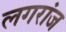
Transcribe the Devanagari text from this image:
लगरांज